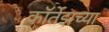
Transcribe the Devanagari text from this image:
कॉर्तेझच्या